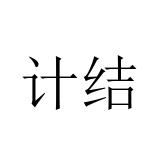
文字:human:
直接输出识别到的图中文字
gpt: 计结